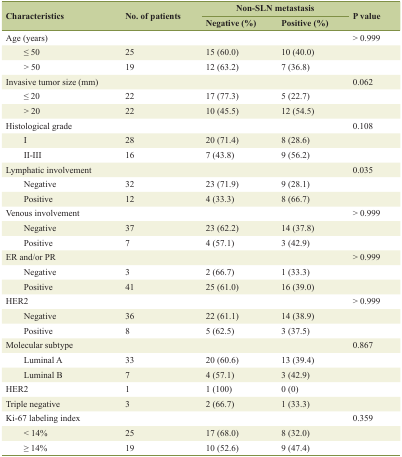
<table><thead><tr><td rowspan="2"><b>Characteristics</b></td><td rowspan="2"><b>No. of patients</b></td><td colspan="2"><b>Non-SLN metastasis</b></td><td rowspan="2"><b>P value</b></td></tr><tr><td><b>Negative (%)</b></td><td><b>Positive (%)</b></td></tr></thead><tbody><tr><td>Age (years)</td><td></td><td></td><td></td><td>&gt; 0.999</td></tr><tr><td>≤ 50</td><td>25</td><td>15 (60.0)</td><td>10 (40.0)</td><td></td></tr><tr><td>&gt; 50</td><td>19</td><td>12 (63.2)</td><td>7 (36.8)</td><td></td></tr><tr><td>Invasive tumor size (mm)</td><td></td><td></td><td></td><td>0.062</td></tr><tr><td>≤ 20</td><td>22</td><td>17 (77.3)</td><td>5 (22.7)</td><td></td></tr><tr><td>&gt; 20</td><td>22</td><td>10 (45.5)</td><td>12 (54.5)</td><td></td></tr><tr><td>Histological grade</td><td></td><td></td><td></td><td>0.108</td></tr><tr><td>I</td><td>28</td><td>20 (71.4)</td><td>8 (28.6)</td><td></td></tr><tr><td>II-III</td><td>16</td><td>7 (43.8)</td><td>9 (56.2)</td><td></td></tr><tr><td>Lymphatic involvement</td><td></td><td></td><td></td><td>0.035</td></tr><tr><td>Negative</td><td>32</td><td>23 (71.9)</td><td>9 (28.1)</td><td></td></tr><tr><td>Positive</td><td>12</td><td>4 (33.3)</td><td>8 (66.7)</td><td></td></tr><tr><td>Venous involvement</td><td></td><td></td><td></td><td>&gt; 0.999</td></tr><tr><td>Negative</td><td>37</td><td>23 (62.2)</td><td>14 (37.8)</td><td></td></tr><tr><td>Positive</td><td>7</td><td>4 (57.1)</td><td>3 (42.9)</td><td></td></tr><tr><td>ER and/or PR</td><td></td><td></td><td></td><td>&gt; 0.999</td></tr><tr><td>Negative</td><td>3</td><td>2 (66.7)</td><td>1 (33.3)</td><td></td></tr><tr><td>Positive</td><td>41</td><td>25 (61.0)</td><td>16 (39.0)</td><td></td></tr><tr><td>HER2</td><td></td><td></td><td></td><td>&gt; 0.999</td></tr><tr><td>Negative</td><td>36</td><td>22 (61.1)</td><td>14 (38.9)</td><td></td></tr><tr><td>Positive</td><td>8</td><td>5 (62.5)</td><td>3 (37.5)</td><td></td></tr><tr><td>Molecular subtype</td><td></td><td></td><td></td><td>0.867</td></tr><tr><td>Luminal A</td><td>33</td><td>20 (60.6)</td><td>13 (39.4)</td><td></td></tr><tr><td>Luminal B</td><td>7</td><td>4 (57.1)</td><td>3 (42.9)</td><td></td></tr><tr><td>HER2</td><td>1</td><td>1 (100)</td><td>0 (0)</td><td></td></tr><tr><td>Triple negative</td><td>3</td><td>2 (66.7)</td><td>1 (33.3)</td><td></td></tr><tr><td>Ki-67 labeling index</td><td></td><td></td><td></td><td>0.359</td></tr><tr><td>&lt; 14%</td><td>25</td><td>17 (68.0)</td><td>8 (32.0)</td><td></td></tr><tr><td>≥ 14%</td><td>19</td><td>10 (52.6)</td><td>9 (47.4)</td><td></td></tr></tbody></table>